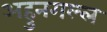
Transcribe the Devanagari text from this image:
अहुनगल्ल